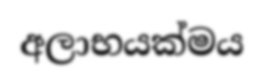
අලාභයක්මය